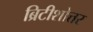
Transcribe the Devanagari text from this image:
ब्रिटीशोत्तर